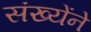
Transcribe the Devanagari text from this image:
संख्येंने